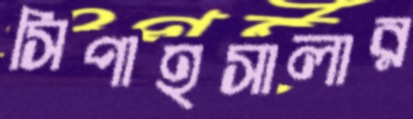
সিপাহসালার